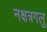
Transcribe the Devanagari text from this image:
नक्षत्रगलु